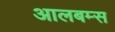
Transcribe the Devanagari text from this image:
आलबम्स